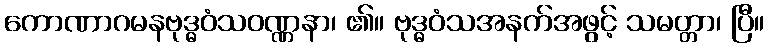
ကောဏာဂမနဗုဒ္ဓဝံသဝဏ္ဏနာ၊ ၏။ ဗုဒ္ဓဝံသအနက်အဖွင့် သမတ္တာ၊ ပြီ။